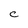
Character: C